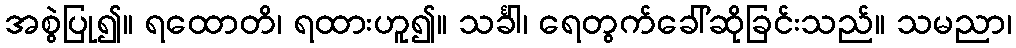
အစွဲပြု၍။ ရထောတိ၊ ရထားဟူ၍။ သင်္ခါ၊ ရေတွက်ခေါ်ဆိုခြင်းသည်။ သမညာ၊